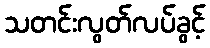
သတင်းလွတ်လပ်ခွင့်